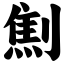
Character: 劁